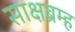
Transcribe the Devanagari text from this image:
साक्षब्रम्ह